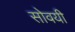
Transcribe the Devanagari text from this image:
सोवयी